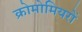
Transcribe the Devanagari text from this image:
क्रोमोमियरों